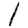
Digit: 1